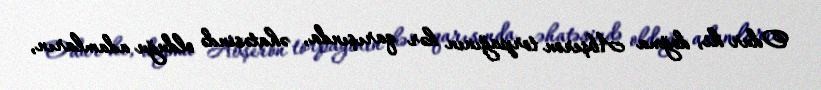
Odur ki, doğma Abşeron torpağının hər qarışında, əhatəsində olduğu adamların,